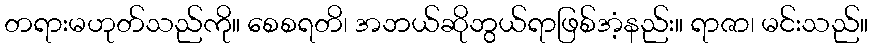
တရားမဟုတ်သည်ကို။ စေစရတိ၊ အဘယ်ဆိုဘွယ်ရာဖြစ်အံ့နည်း။ ရာဇာ၊ မင်းသည်။